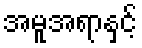
အမူအရာနှင့်